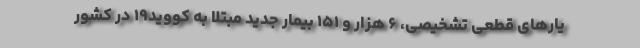
یارهای قطعی تشخیصی، ۶ هزار و ۱۵۱ بیمار جدید مبتلا به کووید۱۹ در کشور